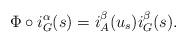
LaTeX: \begin{align*}\Phi\circ i_G^\alpha(s)=i_A^\beta(u_s)i_G^\beta(s).\end{align*}